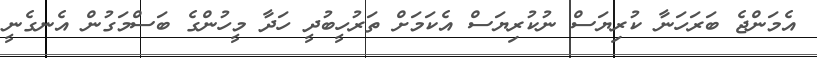
އެމަންޖެ ބަރަހަނާ ކުރިޔަސް ނުކުރިޔަސް އެކަމަށް ތަރުހީބުދީ ހަދާ މީހުންގެ ބަސްމަގުން އެނގެނީ